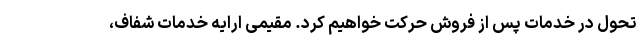
تحول در خدمات پس از فروش حرکت خواهیم کرد. مقیمی ارایه خدمات شفاف،